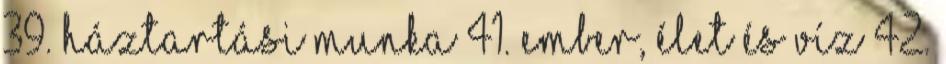
39. Háztartási munka 41. Ember, élet és víz 42.